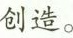
创造。